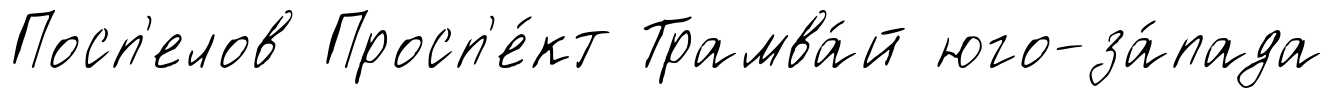
Посп'елов Просп'е́кт Трамва́й юго-за́пада